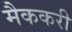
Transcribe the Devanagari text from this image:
मैककरी